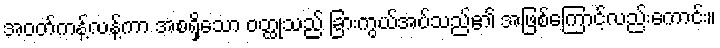
အဝတ်ကန့်လန့်ကာ အစရှိသော ဝတ္ထုသည် ခြားကွယ်အပ်သည်၏ အဖြစ်ကြောင့်လည်းကောင်း။